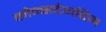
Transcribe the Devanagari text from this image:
कोन्सटेनटिन